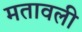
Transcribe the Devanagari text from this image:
मतावली